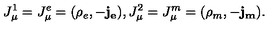
J _ { \mu } ^ { 1 } = J _ { \mu } ^ { e } = ( \rho _ { e } , - \mathbf { j _ { e } } ) , J _ { \mu } ^ { 2 } = J _ { \mu } ^ { m } = ( \rho _ { m } , - \mathbf { j _ { m } } ) .